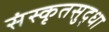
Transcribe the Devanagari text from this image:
संस्कृतसुद्धा